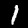
Digit: 1